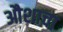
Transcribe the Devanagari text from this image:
औशाचा